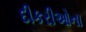
દીકરીઓના